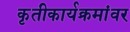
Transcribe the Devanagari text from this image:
कृतीकार्यक्रमांवर